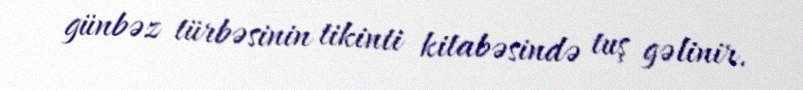
günbəz türbəsinin tikinti kitabəsində tuş gəlinir.